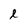
Character: l